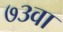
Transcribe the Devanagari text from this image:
७३वा